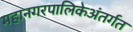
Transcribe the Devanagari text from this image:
महानगरपालिकेअंतर्गत